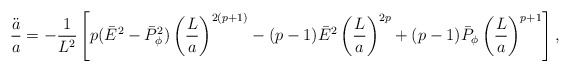
\begin{align*}{\ddot{a}\over a}=-{1\over L^2}\left[p(\bar{E}^2-\bar{P}^2_{\phi})\left({L\over a}\right)^{2(p+1)}-(p-1)\bar{E}^2\left({L\over a}\right)^{2p}+(p-1)\bar{P}_{\phi}\left({L\over a}\right)^{p+1}\right],\end{align*}